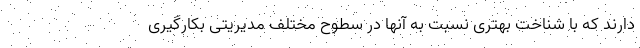
دارند که با شناخت بهتری نسبت به آنها در سطوح مختلف مدیریتی بکارگیری